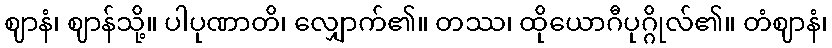
ဈာနံ၊ ဈာန်သို့။ ပါပုဏာတိ၊ လျှောက်၏။ တဿ၊ ထိုယောဂီပုဂ္ဂိုလ်၏။ တံဈာနံ၊